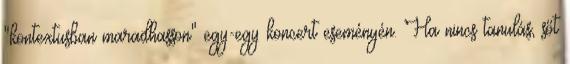
"kontextusban maradhasson" egy-egy koncert eseményén. Ha nincs tanulás, sőt